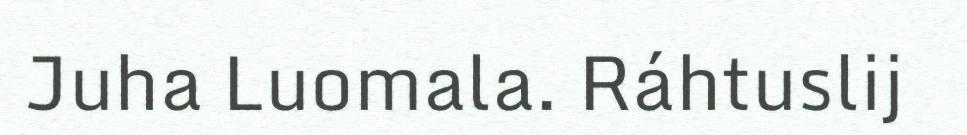
Juha Luomala. Ráhtuslij